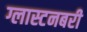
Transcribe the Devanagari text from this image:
ग्लास्टनबरी